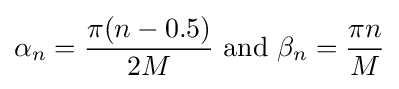
\alpha _{n}={\frac {\pi (n-0.5)}{2M}}{\text{ and }}\beta _{n}={\frac {\pi n}{M}}